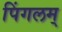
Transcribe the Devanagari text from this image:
पिंगलम्